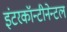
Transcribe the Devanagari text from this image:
इंटरकॉन्टीनेन्टल